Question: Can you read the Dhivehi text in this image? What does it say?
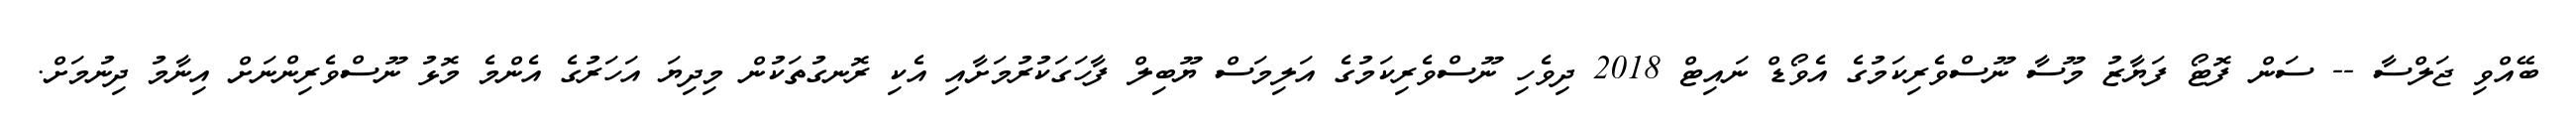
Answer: ބޭއްވި ޖަލްސާ -- ސަން ފޮޓޯ ފަޔާޒު މޫސާ ނޫސްވެރިކަމުގެ އެވޯޑް ނައިޓް 2018 ދިވެހި ނޫސްވެރިކަމުގެ އަލިމަސް ޔޫބިލް ފާހަގަކުރުމަށާއި އެކި ރޮނގުތަކުން މިދިޔަ އަހަރުގެ އެންމެ މޮޅު ނޫސްވެރިންނަށް އިނާމު ދިނުމަށް.